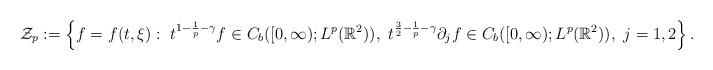
LaTeX: \begin{align*}\mathcal{Z}_p:=\left\{f=f(t,\xi):\ t^{1-\frac{1}{p}-\gamma}f\in C_b([0,\infty);L^p(\mathbb{R}^2)),\ t^{\frac{3}{2}-\frac{1}{p}-\gamma}\partial_j f\in C_b([0,\infty);L^p(\mathbb{R}^2)),\ j=1,2\right\}.\end{align*}